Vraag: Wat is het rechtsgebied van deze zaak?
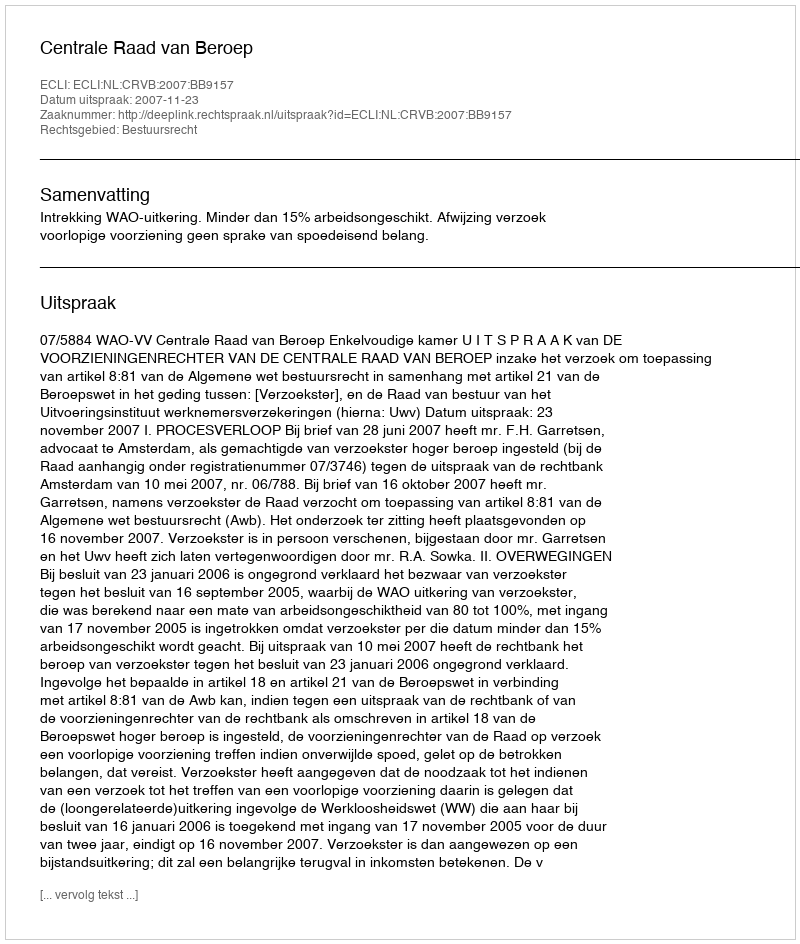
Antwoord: Bestuursrecht